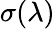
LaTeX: \sigma(\lambda)